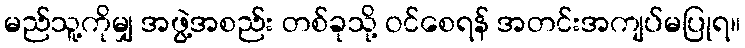
မည်သူ့ကိုမျှ အဖွဲ့အစည်း တစ်ခုသို့ ဝင်စေရန် အတင်းအကျပ်မပြုရ။